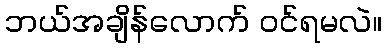
ဘယ်အချိန်လောက် ဝင်ရမလဲ။